Civil Veterinary Dept. Bombay admin report 1914-1922 - 1914-1922
Year: 1914
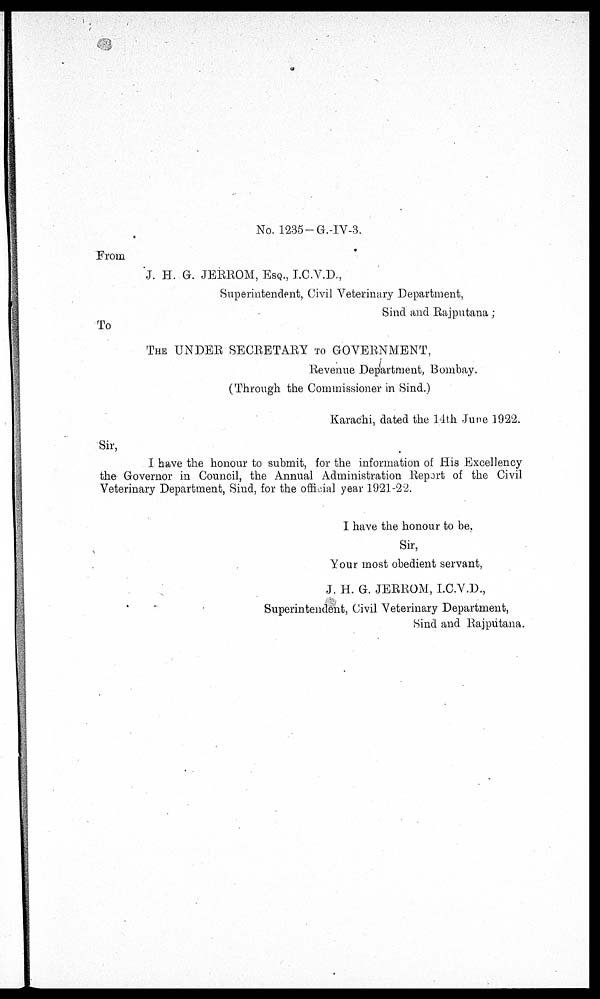
No. 1235-G.-IV-3.
From
J. H. G. JERROM, ESQ., I.C.V.D.,
Superintendent, Civil Veterinary Department,
Sind and Rajputana ;
To
THE UNDER SECRETARY TO GOVERNMENT,
Revenue Department, Bombay.
(Through the Commissioner in Sind.)
Karachi, dated the 14th June 1922.
Sir,
I have the honour to submit, for the information of His Excellency
the Governor in Council, the Annual Administration Report of the Civil
Veterinary Department, Sind, for the official year 1921-22.
I have the honour to be,
Sir,
Your most obedient servant,
J. H. G. JERROM, I.C.V.D.,
Superintendent, Civil Veterinary Department,
Sind and Rajputana.